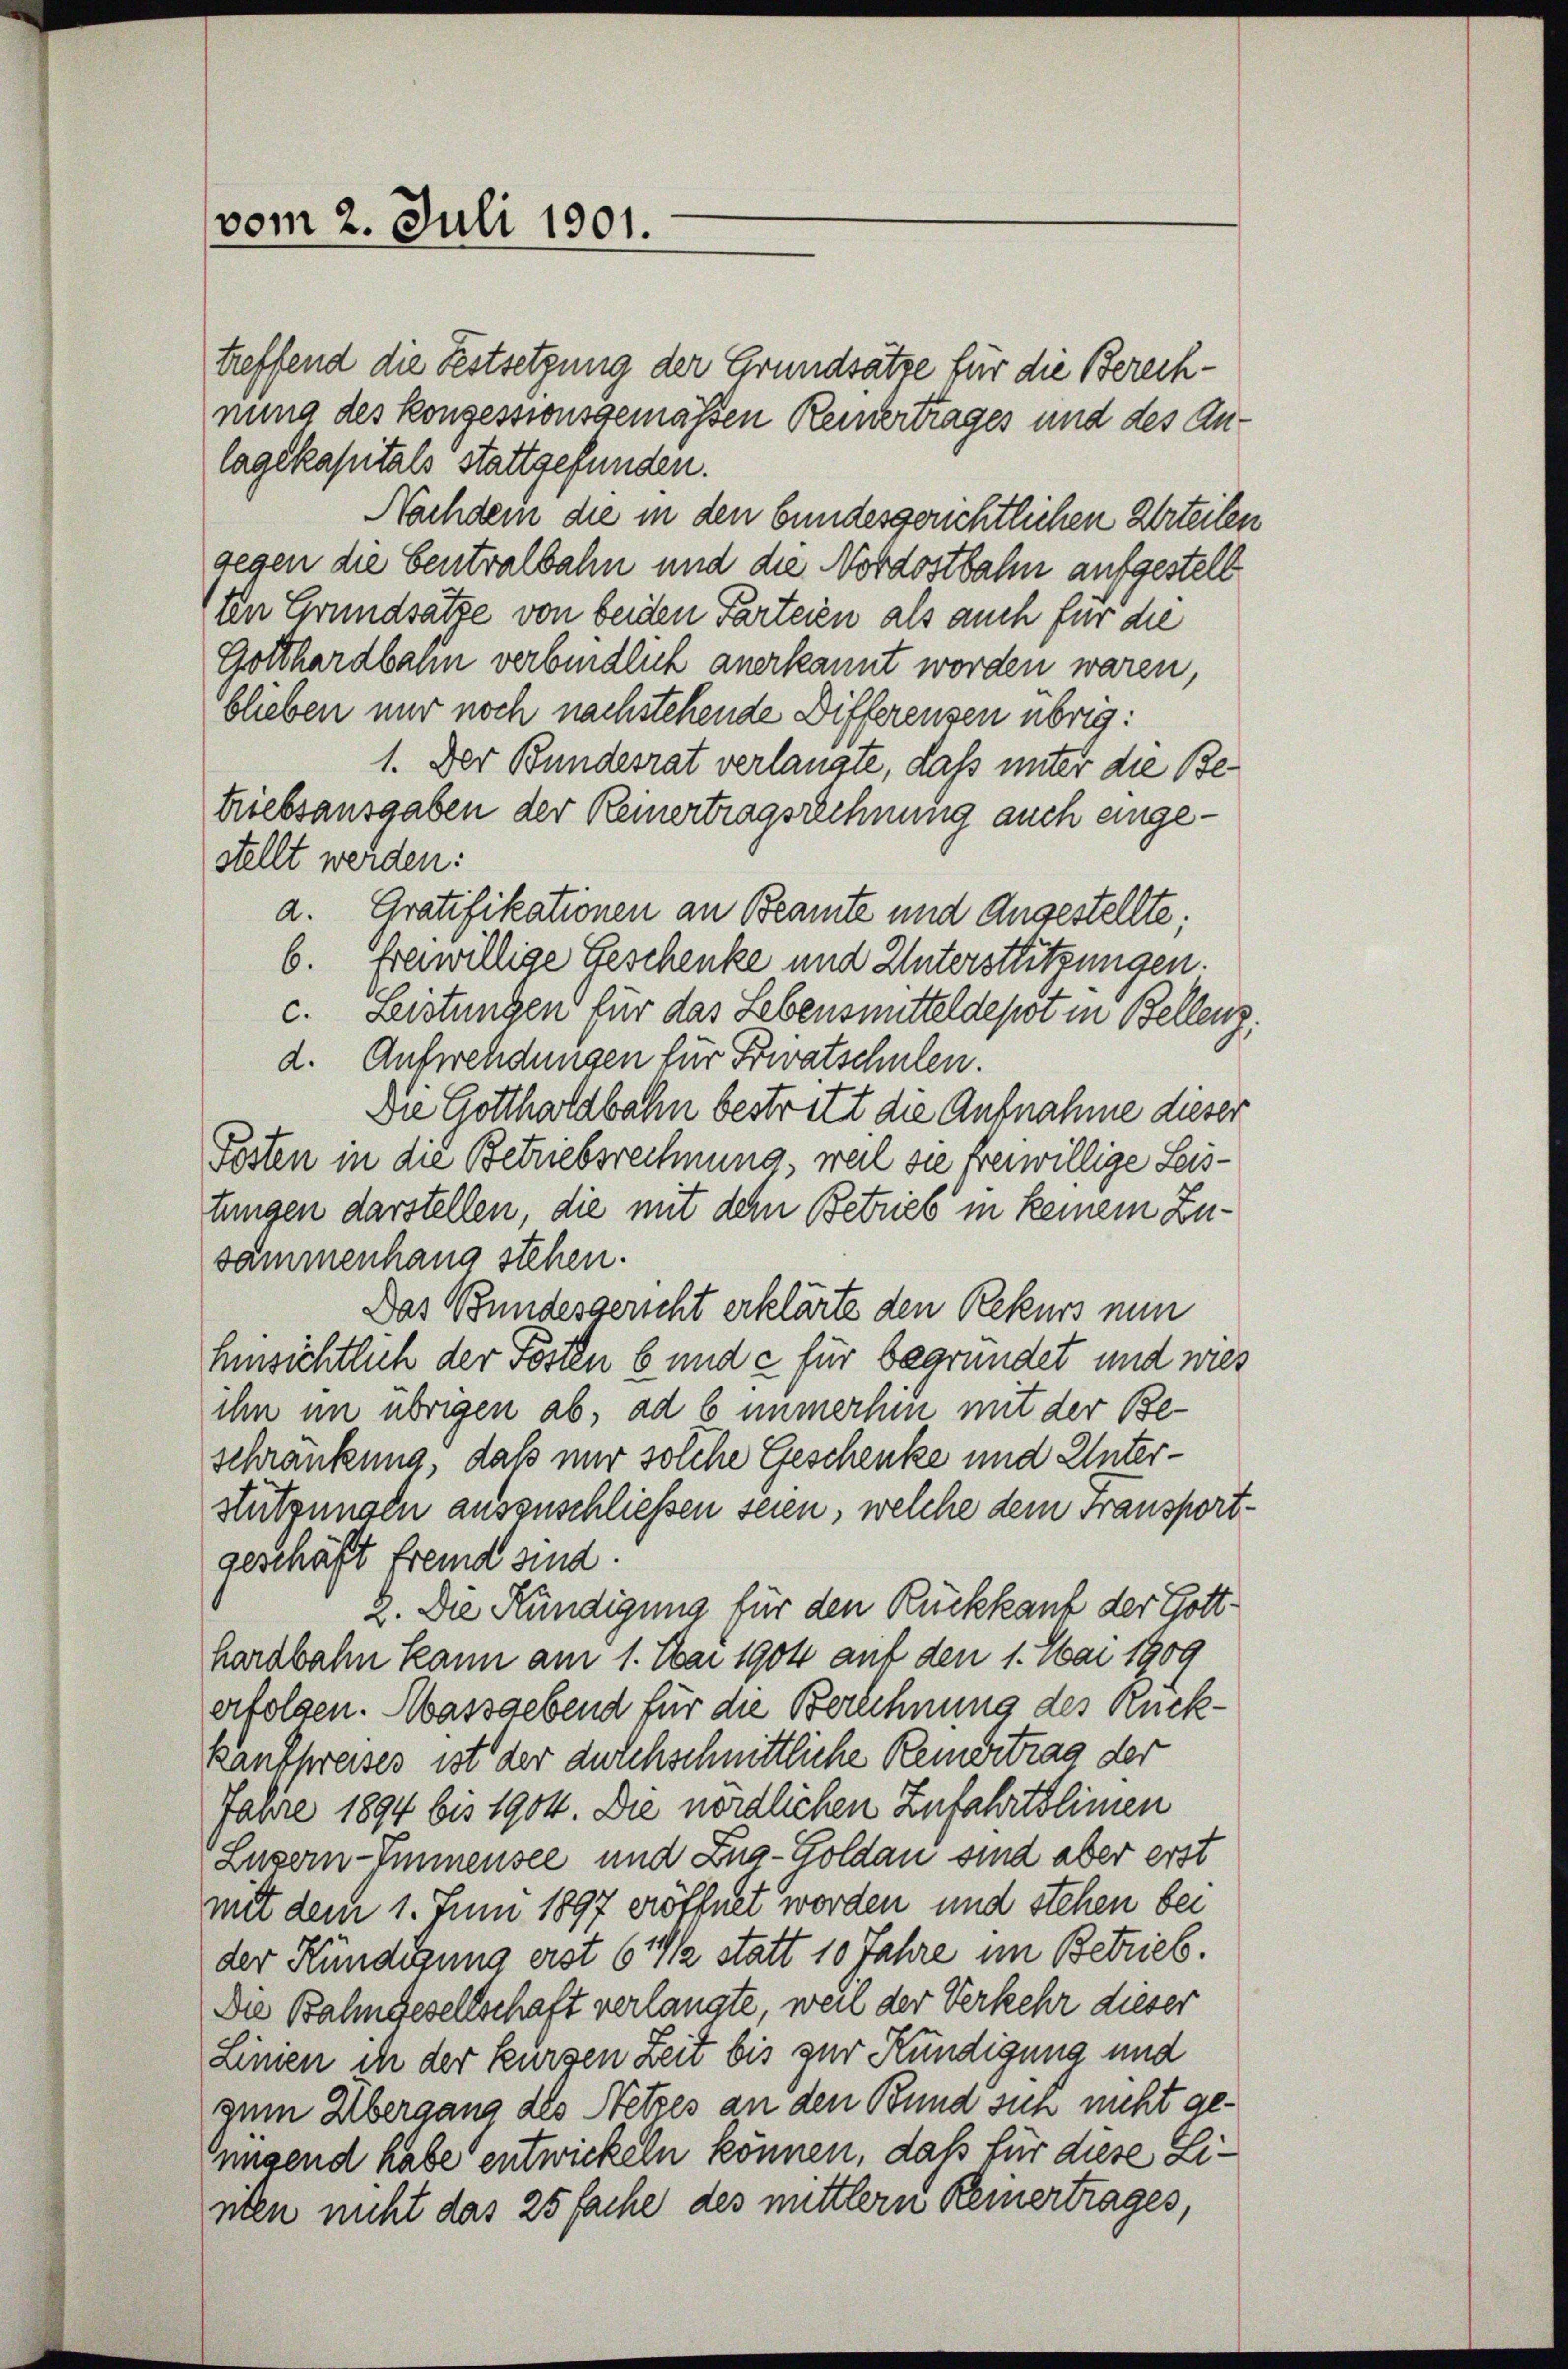
(vom 2. Juli 1901.

treffend die Festsetzung der Grundsätze für die Berechnung des Konzessionsgemäßen Reinertrages und des Anlagekapitals stattgefunden.
Nachdem die in den bundesgerichtlichen Urteilen
gegen die Centralbahn und die Nordostbahn aufgestell
In Grundsätze von beiden Parteien als auch für die
Gotthardbahn verbindlich anerkannt worden waren,
blieben nur noch nachstehende Differensen übrig:
1. Der Bundesrat verlangte, daß unter die Betriebsausgaben der Reinertragsrechnung auch eingestellt werden:
a. Gratifikationen an Beamte und Angestellte;
6. bewillige Geschenke und Unterstritzungen.
c. Leistungen für das Lebensmittel depot in Bellenz,
d. Aufwendungen für Privatschulen.
Die Gotthardbahn bestritt die Aufnahme dieser
Fosten in die Betriebsrechnung, weil sie freiwillige Leistungen darstellen, die mit dem Betrieb in keinem Zusammenhang stehen.
Das Bundesgericht erklärte den Rekurs nun
Einsichtlich der Pösten 6 und e für begründet und wies
ihn im übrigen ab, ad 6 immerhin mit der Beschränkung, daß nur solche Geschenke und Unterstützungen auszuschließen seien, welche dem Fransportgeschäft fremd sind.
2. Die Kündigung für den Rückkauf der Gotthardbahn kann am 1. Mai 1904 auf den 1. Mai 1909
erfolgen. Massgebend für die Berechnung des Rück¬
Kanfpreises ist der durchschnittliche Remertrag der
Jahre 1894 bis 1904. Die nördlichen Zufahrtslimen
Luzern-Emmensee und Zug-Goldau sind aber erst
mit dem 1. Juni 1897 eröffnet worden und stehen bei
der Kündigung erst 6 1/2 statt 10 Jahre im Betrieb.
Die Bahngesellschaft verlangte, weil der Verkehr dieser
Linien ih der kurzen Zeit bis zur Kündigung und
zem Übergang des Netzes an den Bund sich nicht genügend habe entwickeln können, daß für diese Linten nicht das 25 fache des mittlern Keinertrages,